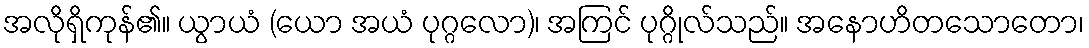
အလိုရှိကုန်၏။ ယွာယံ (ယော အယံ ပုဂ္ဂလော)၊ အကြင် ပုဂ္ဂိုလ်သည်။ အနောဟိတသောတော၊